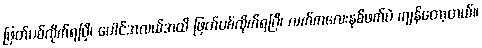
ဖြတ်ပစ်လိုက်ရပြီ၊ ပေါင်အလယ်အထိ ဖြတ်ပစ်လိုက်ရပြီ၊ လက်ကလေးနစ်ဖက်ပဲ ကျန်တော့တယ်။